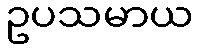
ဥပသမာယ